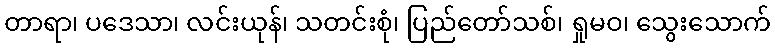
တာရာ၊ ပဒေသာ၊ လင်းယုန်၊ သတင်းစုံ၊ ပြည်တော်သစ်၊ ရှုမဝ၊ သွေးသောက်